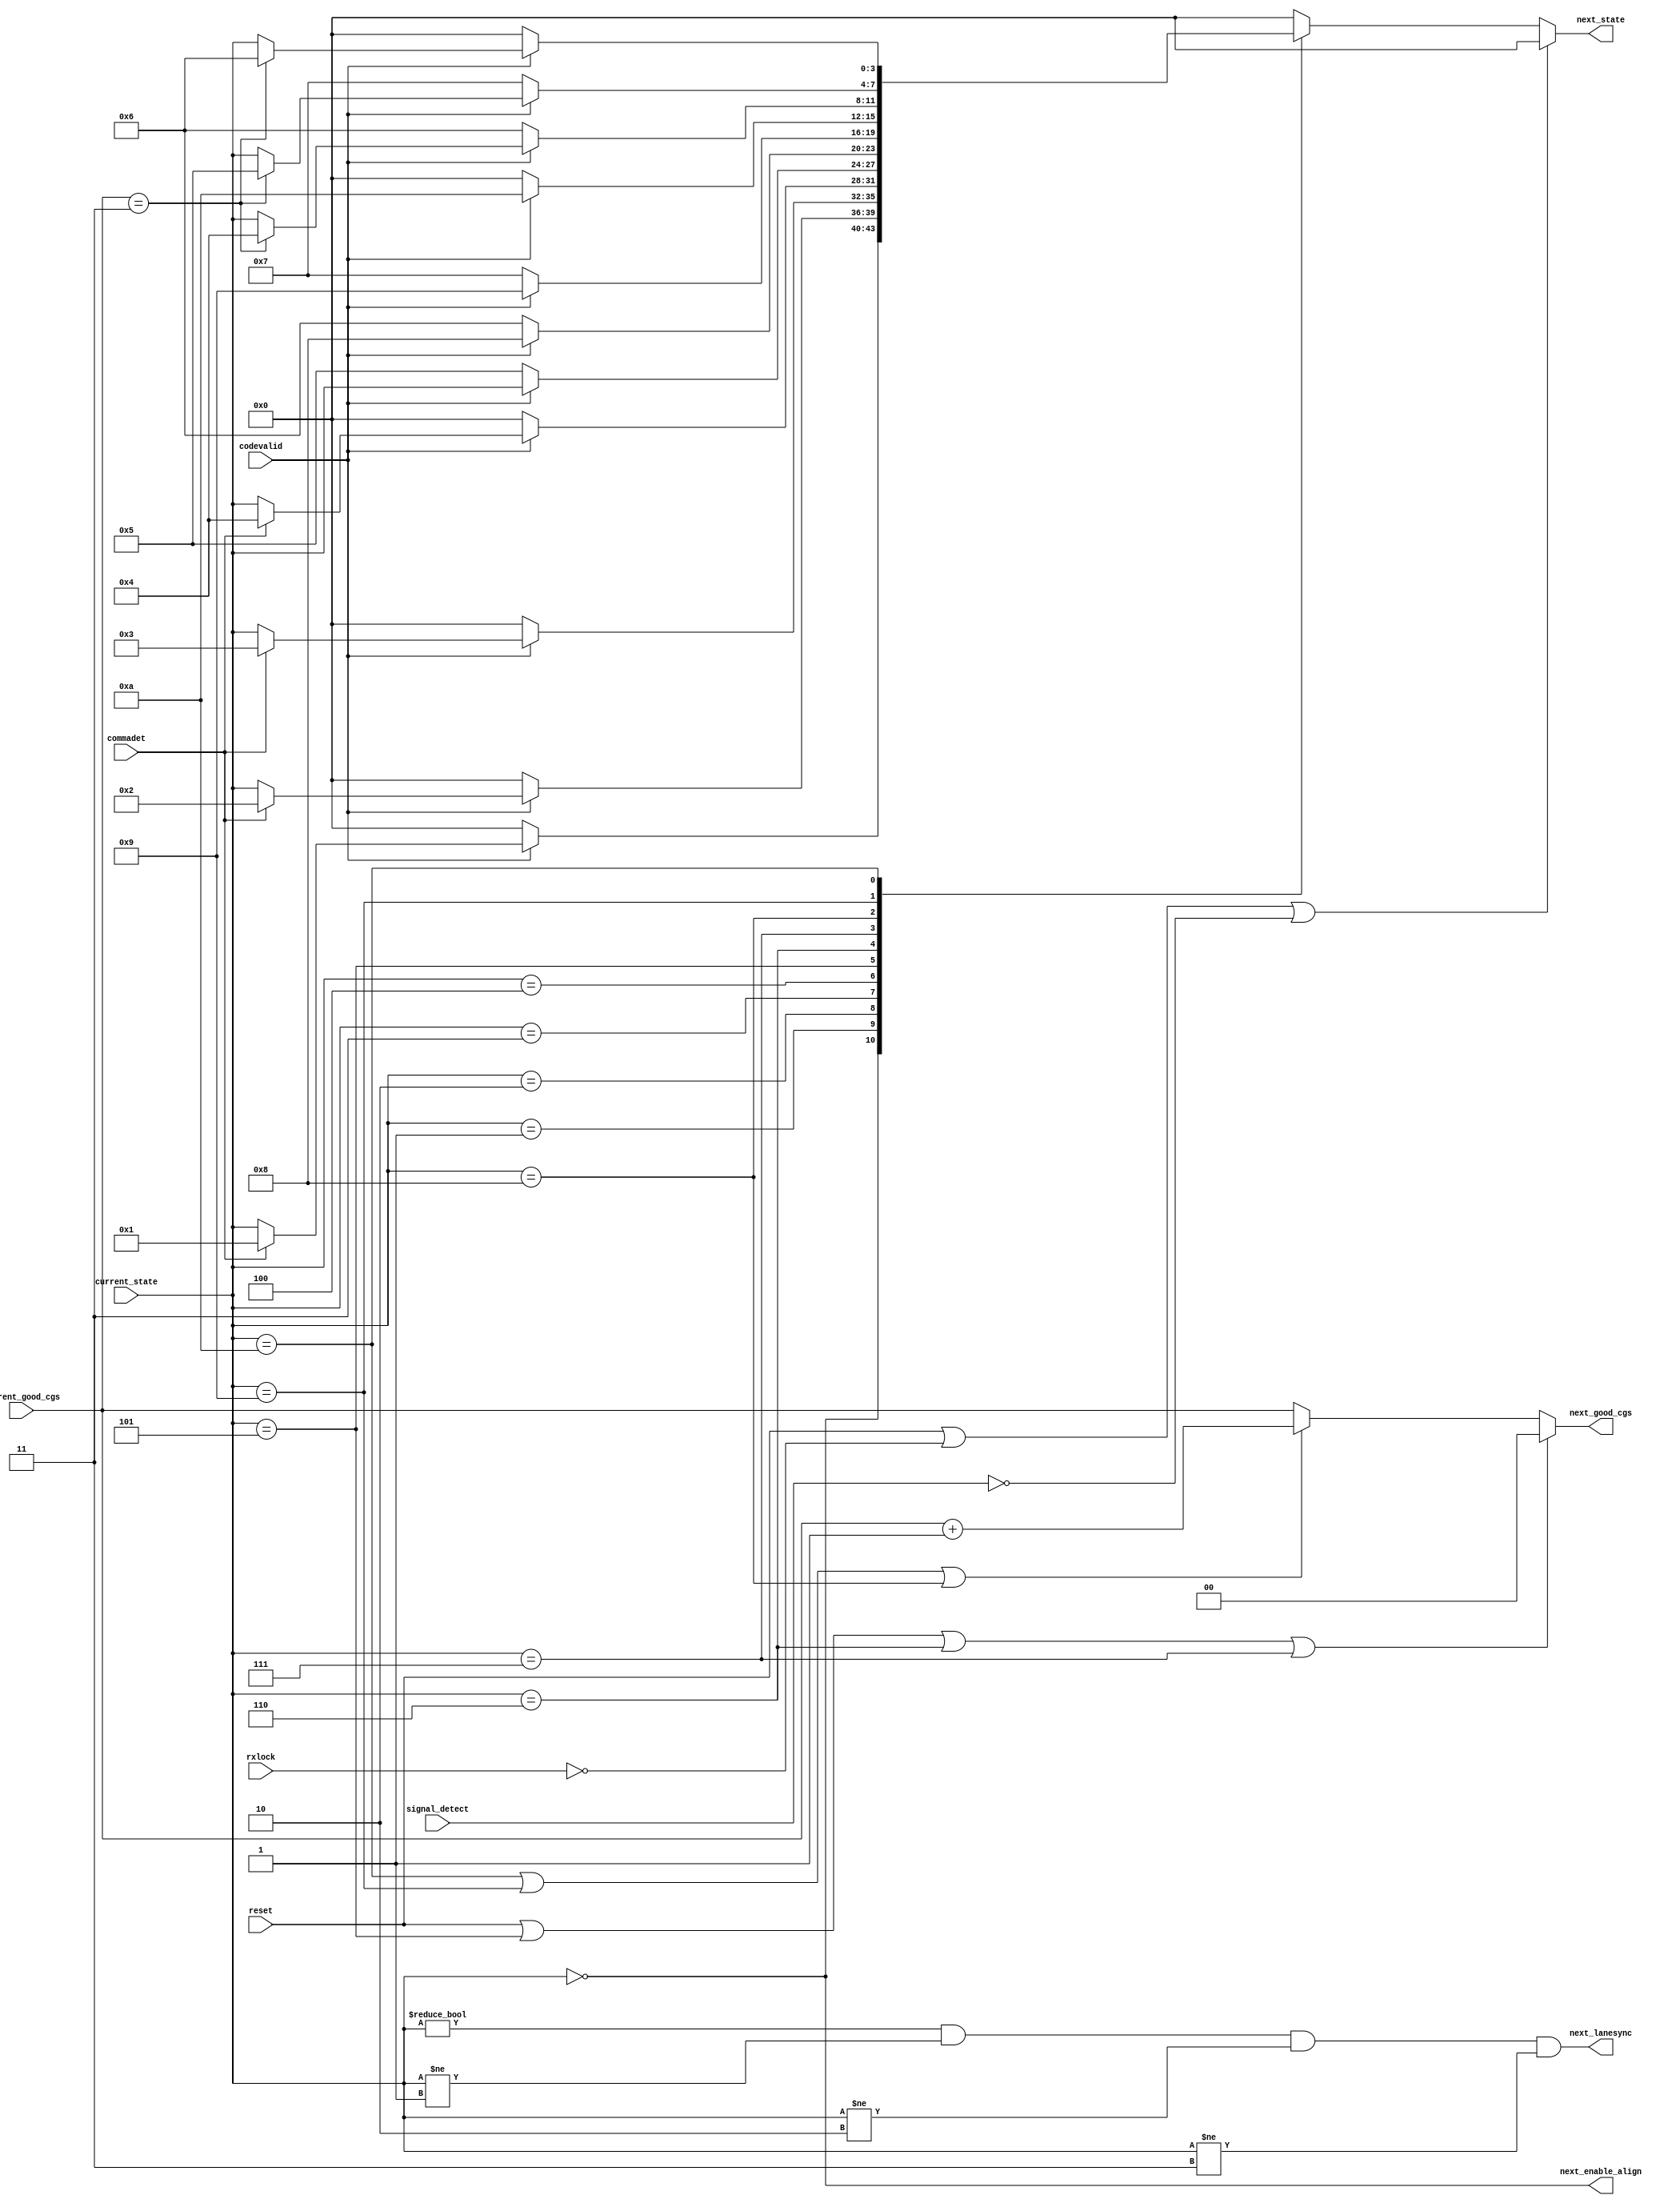
`define SYNC_STATE_LOSS_OF_SYNC    4'd0
`define SYNC_STATE_COMMA_DET_1     4'd1
`define SYNC_STATE_COMMA_DET_2     4'd2
`define SYNC_STATE_COMMA_DET_3     4'd3
`define SYNC_STATE_SYNC_AQUIRED_1  4'd4
`define SYNC_STATE_SYNC_AQUIRED_2  4'd5
`define SYNC_STATE_SYNC_AQUIRED_3  4'd6
`define SYNC_STATE_SYNC_AQUIRED_4  4'd7
`define SYNC_STATE_SYNC_AQUIRED_2A 4'd8
`define SYNC_STATE_SYNC_AQUIRED_3A 4'd9
`define SYNC_STATE_SYNC_AQUIRED_4A 4'd10

module sync_state(
    reset,
    current_state,
    next_state,
    current_good_cgs,
    next_good_cgs,
    next_enable_align,
    next_lanesync,
    commadet,
    codevalid,
    rxlock,
    signal_detect
  );
  input  reset;
  input  [3:0] current_state;
  output [3:0] next_state;
  input  [1:0] current_good_cgs;
  output [1:0] next_good_cgs;
  output next_enable_align;
  output next_lanesync;
  input  commadet;
  input  codevalid;
  input  rxlock;
  input  signal_detect;

  function [3:0] nstate;
  input [3:0] cstate;
  input commadet;
  input codevalid;
  input signal_detect;
  input rxlock;
  input reset;
  input [1:0] good_cgs;
  begin
    if (reset || |(~rxlock) || |(~signal_detect)) begin
      nstate = `SYNC_STATE_LOSS_OF_SYNC;
    end else begin
      case (cstate)
        `SYNC_STATE_LOSS_OF_SYNC: begin
          nstate = ~codevalid ? `SYNC_STATE_LOSS_OF_SYNC : commadet ? `SYNC_STATE_COMMA_DET_1 : cstate;
        end
        `SYNC_STATE_COMMA_DET_1: begin
          nstate = ~codevalid ? `SYNC_STATE_LOSS_OF_SYNC : commadet ? `SYNC_STATE_COMMA_DET_2 : cstate;
        end
        `SYNC_STATE_COMMA_DET_2: begin
          nstate = ~codevalid ? `SYNC_STATE_LOSS_OF_SYNC : commadet ? `SYNC_STATE_COMMA_DET_3 : cstate;
        end
        `SYNC_STATE_COMMA_DET_3: begin
          nstate = ~codevalid ? `SYNC_STATE_LOSS_OF_SYNC : commadet ? `SYNC_STATE_SYNC_AQUIRED_1 : cstate;
        end
        `SYNC_STATE_SYNC_AQUIRED_1: begin
          nstate = ~codevalid ? `SYNC_STATE_SYNC_AQUIRED_2 : cstate;
        end
        `SYNC_STATE_SYNC_AQUIRED_2: begin
          nstate = ~codevalid ? `SYNC_STATE_SYNC_AQUIRED_3 : `SYNC_STATE_SYNC_AQUIRED_2A;
        end
        `SYNC_STATE_SYNC_AQUIRED_3: begin
          nstate = ~codevalid ? `SYNC_STATE_SYNC_AQUIRED_4 : `SYNC_STATE_SYNC_AQUIRED_3A;
        end
        `SYNC_STATE_SYNC_AQUIRED_4: begin
          nstate = ~codevalid ? `SYNC_STATE_LOSS_OF_SYNC : `SYNC_STATE_SYNC_AQUIRED_4A;
        end
        `SYNC_STATE_SYNC_AQUIRED_2A: begin
          nstate = ~codevalid ? `SYNC_STATE_SYNC_AQUIRED_3 : good_cgs == 2'b11 ? `SYNC_STATE_SYNC_AQUIRED_1 : cstate;
        end
        `SYNC_STATE_SYNC_AQUIRED_3A: begin
          nstate = ~codevalid ? `SYNC_STATE_SYNC_AQUIRED_4 : good_cgs == 2'b11 ? `SYNC_STATE_SYNC_AQUIRED_2 : cstate;
        end
        `SYNC_STATE_SYNC_AQUIRED_4A: begin
          nstate = ~codevalid ? `SYNC_STATE_LOSS_OF_SYNC : good_cgs == 2'b11 ? `SYNC_STATE_SYNC_AQUIRED_3 : cstate;
        end
        default: begin
          nstate = `SYNC_STATE_LOSS_OF_SYNC;
        end
      endcase
    end
  end
  endfunction

  assign next_state = nstate(current_state, commadet, codevalid, signal_detect, rxlock, reset, current_good_cgs);

  assign next_enable_align = current_state == `SYNC_STATE_LOSS_OF_SYNC;
  
  assign next_lanesync = (current_state != `SYNC_STATE_LOSS_OF_SYNC && current_state != `SYNC_STATE_COMMA_DET_1 &&
                          current_state != `SYNC_STATE_COMMA_DET_2  && current_state != `SYNC_STATE_COMMA_DET_3);

  assign next_good_cgs = reset || current_state == `SYNC_STATE_SYNC_AQUIRED_2 || current_state == `SYNC_STATE_SYNC_AQUIRED_3 ||
                         current_state == `SYNC_STATE_SYNC_AQUIRED_4 ? 2'b00 :
                         current_state == `SYNC_STATE_SYNC_AQUIRED_4A || current_state == `SYNC_STATE_SYNC_AQUIRED_3A ||
                         current_state == `SYNC_STATE_SYNC_AQUIRED_2A ? current_good_cgs + 1 : current_good_cgs;
                         
endmodule